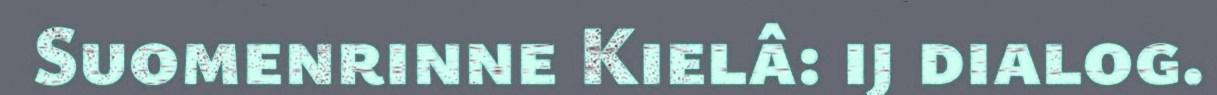
Suomenrinne Kielâ: ij dialog.